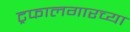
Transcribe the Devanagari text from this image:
ट्रफालगारच्या